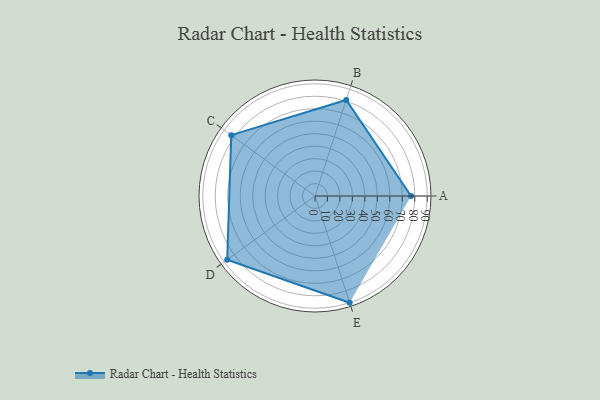
{"axis": {"x": "Skill", "y": "Score"}, "legend": ["Profile"], "data": [{"x": "A", "y": 77.0, "type": "Profile"}, {"x": "B", "y": 81.0, "type": "Profile"}, {"x": "C", "y": 83.0, "type": "Profile"}, {"x": "D", "y": 87.0, "type": "Profile"}, {"x": "E", "y": 90.0, "type": "Profile"}]}